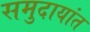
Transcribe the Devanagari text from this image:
समुदायांत